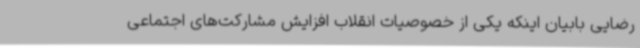
رضایی بابیان اینکه یکی از خصوصیات انقلاب افزایش مشارکت‌های اجتماعی